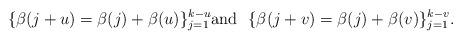
LaTeX: \begin{align*} \begin{array}{c} \{\beta(j+u)= \beta(j)+\beta(u)\}_{j=1}^{k-u} \mbox{and} \ \ \{\beta(j+v) = \beta(j) + \beta(v) \}_{j=1}^{k-v}. \end{array} \end{align*}